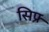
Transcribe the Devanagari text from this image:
सिफ्र्